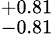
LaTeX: _{-0.81}^{+0.81}